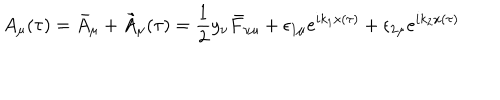
A _ { \mu } ( \tau ) = \bar { A } _ { \mu } + \tilde { A } _ { \mu } ( \tau ) = \frac { 1 } { 2 } y _ { \nu } \bar { F } _ { \nu \mu } + \epsilon _ { 1 \mu } e ^ { i k _ { 1 } x ( \tau ) } + \epsilon _ { 2 \mu } e ^ { i k _ { 2 } x ( \tau ) }